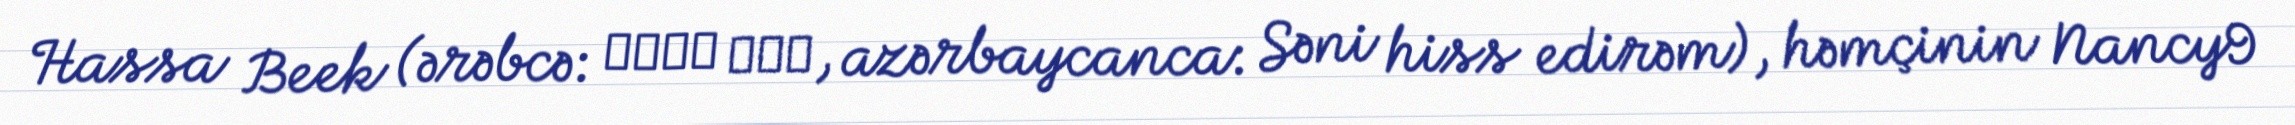
Hassa Beek (ərəbcə: حاسة بيك, azərbaycanca: Səni hiss edirəm), həmçinin Nancy9